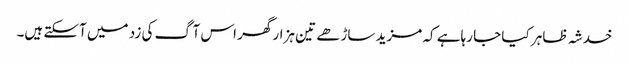
خدشہ ظاہر کیا جا رہاہے کہ مزید ساڑھے تین ہزار گھر اس آگ کی زد میں آسکتے ہیں۔